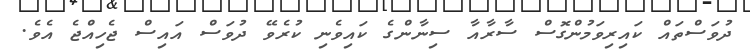
ދުވަސްތައް ކައިރިވަމުންގޮސް ސާރާއާ ސިނާންގެ ކައިވެނި ކުރެވޭ ދުވަސް އައިސް ޖެހިއްޖެ އެވެ.